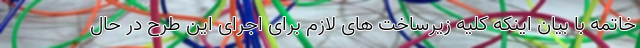
خاتمه با بیان اینکه کلیه زیرساخت های لازم برای اجرای این طرح در حال